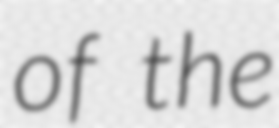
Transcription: of the